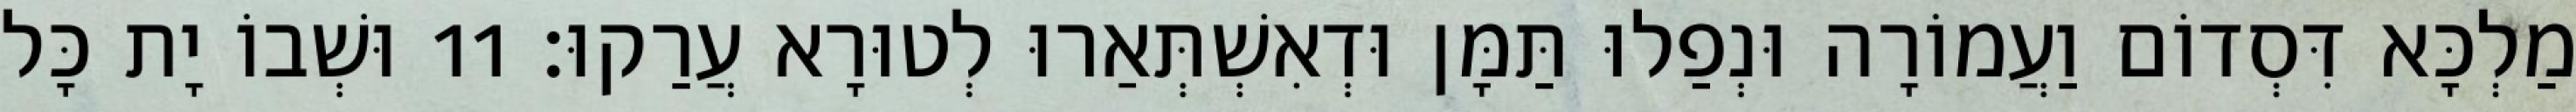
מַלְכָּא דִּסְדוֹם וַעֲמוֹרָה וּנְפַלוּ תַּמָּן וּדְאִשְׁתְּאַרוּ לְטוּרָא עֲרַקוּ׃ 11 וּשְׁבוֹ יָת כָּל